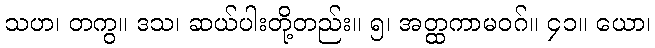
သဟ၊ တကွ။ ဒသ၊ ဆယ်ပါးတို့တည်း။ ၅၊ အတ္ထကာမဝဂ်။ ၄၁။ ယော၊